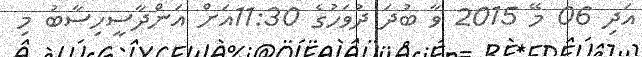
އަދި 06 މޭ 2015 ވާ ބުދަ ދުވަހުގެ 11:30އަށް އަންދާސީހިސާބު މި